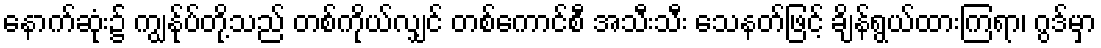
နောက်ဆုံး၌ ကျွန်ုပ်တို့သည် တစ်ကိုယ်လျှင် တစ်ကောင်စီ အသီးသီး သေနတ်ဖြင့် ချိန်ရွယ်ထားကြရာ၊ ဂွဒ်မှာ